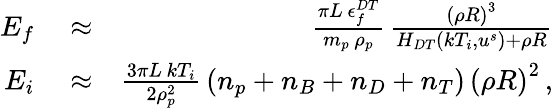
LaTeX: \begin{array}{rlr}{E_{f}}&{{}\approx}&{\frac{\pi L\, \epsilon_{f}^{DT}}{m_{p}\, \rho_{p}}\, \frac{\left(\rho R\right)^{3}}{H_{DT}\left(kT_{i},u^{s}\right)+\rho R}}\\ {E_{i}}&{{}\approx}&{\frac{3\pi L\, kT_{i}}{2\rho_{p}^{2}}\, \left(n_{p}+n_{B}+n_{D}+n_{T}\right)\, \left(\rho R\right)^{2}\, ,}\end{array}